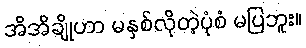
အိအိချိုဟာ မနှစ်လိုတဲ့ပုံစံ မပြဘူး။